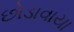
છોડાવાયા